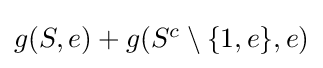
{\textstyle g(S,e)+g(S^{c}\setminus \{1,e\},e)}